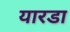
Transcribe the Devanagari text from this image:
यारडा